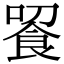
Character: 䬭